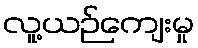
လူ့ယဉ်ကျေးမှု